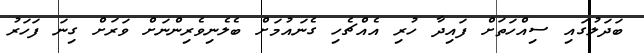
ބަދަލުގައި ސިއްހަތަށް ފައިދާ ހުރި އެއްޗެހި ގެނައުމަށް ބެލެނިވެރިންނަށް ވަރަށް ގިނަ ފަހަރު